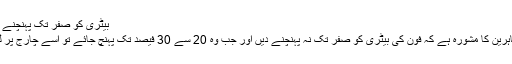
بیٹری کو صفر تک پہنچنے نہ دیں
تمام ماہرین کا مشورہ ہے کہ فون کی بیٹری کو صفر تک نہ پہنچنے دیں اور جب وہ 20 سے 30 فیصد تک پہنچ جائے تو اسے چارج پر لگادیں۔